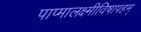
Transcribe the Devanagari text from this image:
पाप्मालक्ष्मीविषापहम्